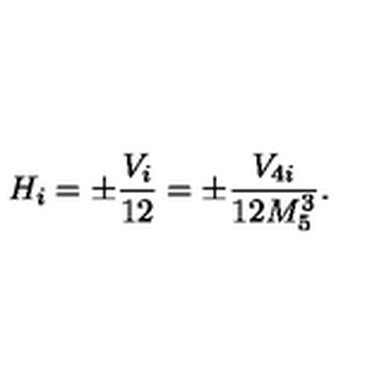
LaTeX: H _ { i } = \pm \frac { V _ { i } } { 1 2 } = \pm \frac { V _ { 4 i } } { 1 2 M _ { 5 } ^ { 3 } } .